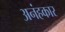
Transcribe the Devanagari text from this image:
अनंहकार